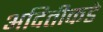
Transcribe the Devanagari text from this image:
अदितीकडे